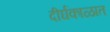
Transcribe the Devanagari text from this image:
दीर्घकाळात